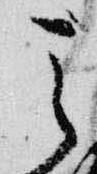
天